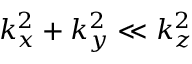
k _ { x } ^ { 2 } + k _ { y } ^ { 2 } \ll k _ { z } ^ { 2 }